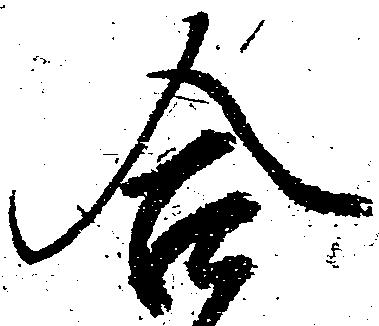
合